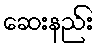
ဆေးနည်း